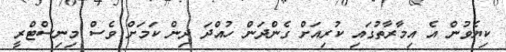
ކިޔެވުން އެ އިމާރާތުގައި ކުރިއަށް ގެންދަން ހުއްދަ ދިން ކަމަށް ވެސް މިނިސްޓްރީ